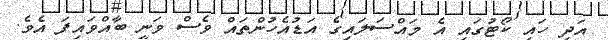
އަދި ހައި ކޯޓުގައި އެ މައްސަލައިގެ އަޑުއެހުންތައް ވެސް ވަނީ ބާއްވައިފަ އެވެ.